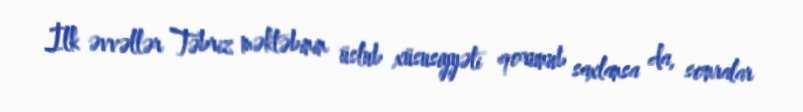
İlk əvvəllər Təbriz məktəbinin üslub xüsusiyyəti qorunub saxlansa da, sonralar